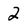
Character: 2